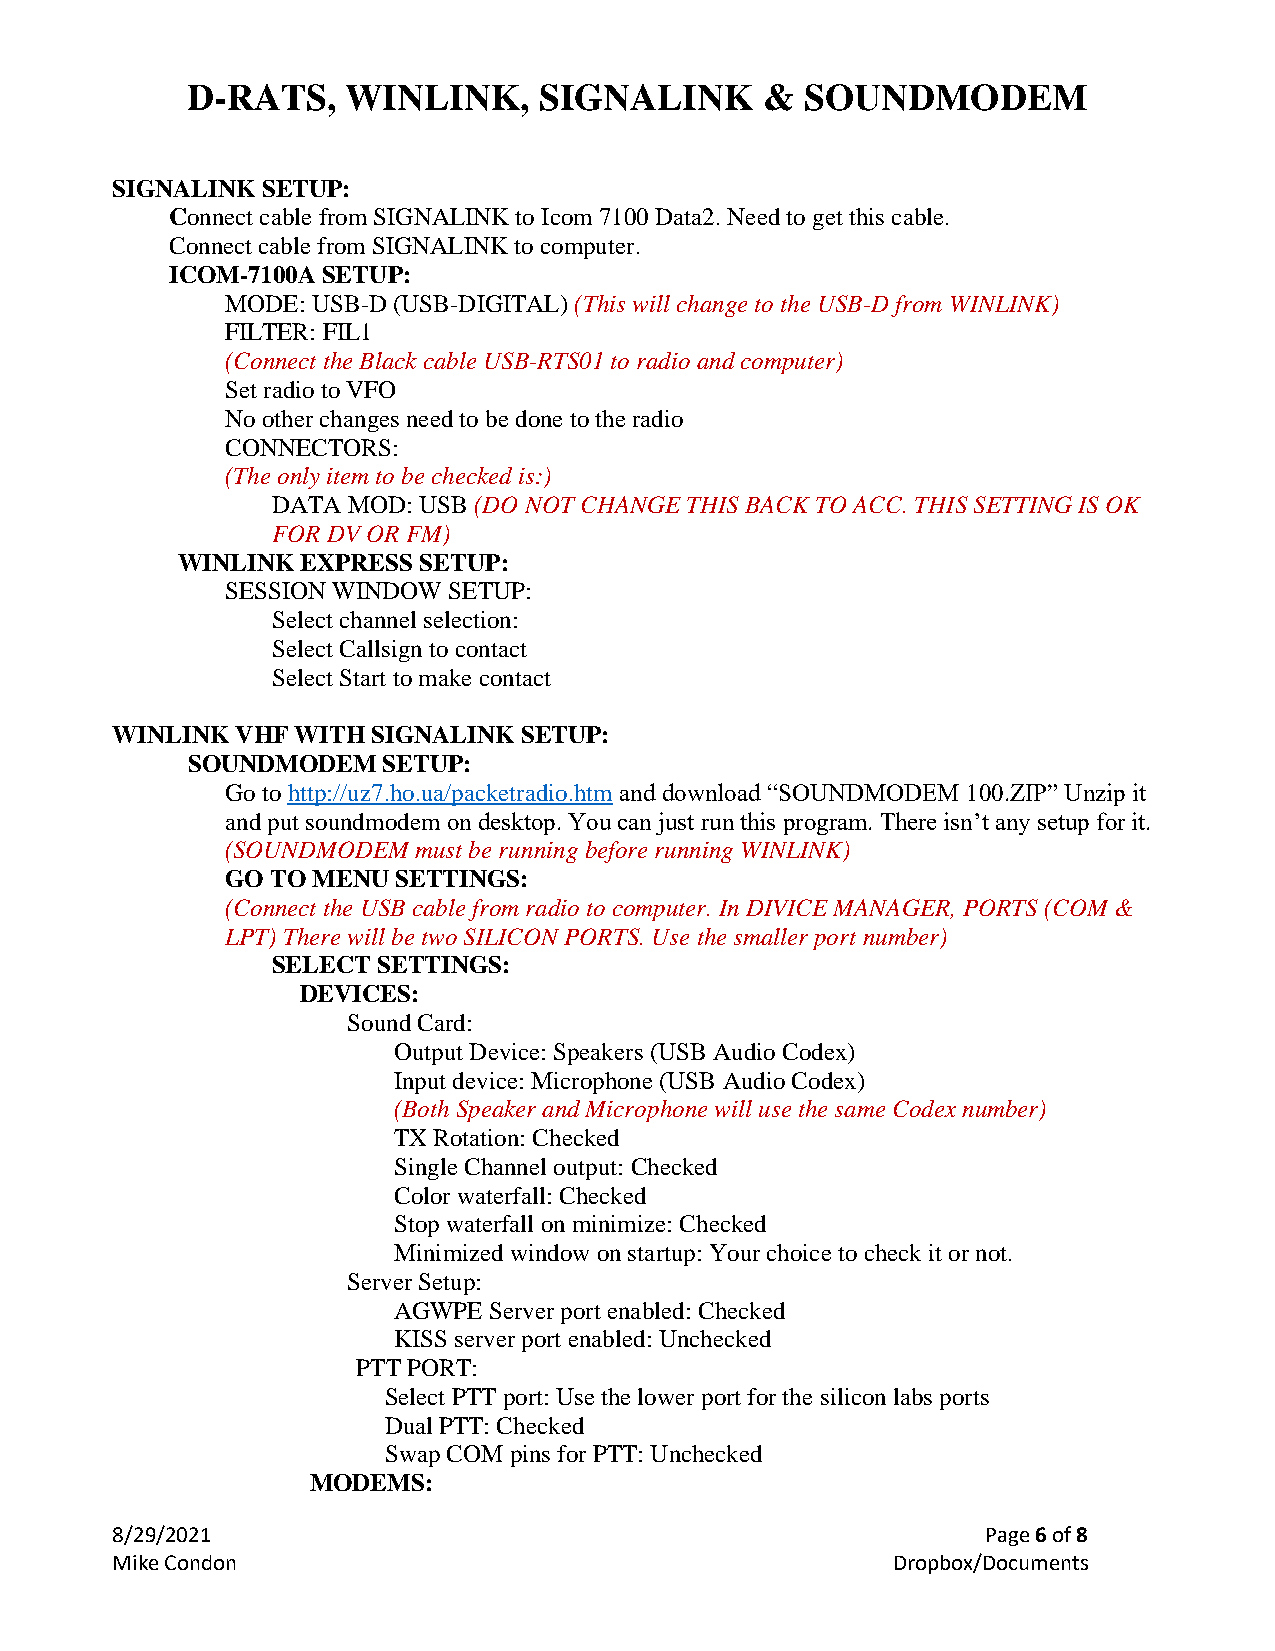
D-RATS,    WINLINK,     SIGNALINK      & SOUNDMODEM
 SIGNALINK SETUP:
 Connect cable from SIGNALINK to Icom 7100 Data2. Need to get this cable.
 Connect cable from SIGNALINK to computer.
 ICOM-7100A SETUP:
 MODE: USB-D (USB-DIGITAL) (This will change to the USB-D from WINLINK)
 FILTER: FIL1
 (Connect the Black cable USB-RTS01 to radio and computer)
 Set radio to VFO
 No other changes need to be done to the radio
 CONNECTORS:
 (The only item to be checked is:)
 DATA MOD: USB (DO NOT CHANGE THIS BACK TO ACC. THIS SETTING IS OK
 FOR DV OR FM)
 WINLINK EXPRESS SETUP:
 SESSION WINDOW SETUP:
 Select channel selection:
 Select Callsign to contact
 Select Start to make contact
 WINLINK  VHF WITH SIGNALINK SETUP:
 SOUNDMODEM   SETUP:
 Go to http://uz7.ho.ua/packetradio.htm and download “SOUNDMODEM 100.ZIP” Unzip it
 and put soundmodem on desktop. You can just run this program. There isn’t any setup for it.
 (SOUNDMODEM  must be running before running WINLINK)
 GO TO MENU SETTINGS:
 (Connect the USB cable from radio to computer. In DIVICE MANAGER, PORTS (COM &
 LPT) There will be two SILICON PORTS. Use the smaller port number)
 SELECT SETTINGS:
 DEVICES:
 Sound Card:
 Output Device: Speakers (USB Audio Codex)
 Input device: Microphone (USB Audio Codex)
 (Both Speaker and Microphone will use the same Codex number)
 TX Rotation: Checked
 Single Channel output: Checked
 Color waterfall: Checked
 Stop waterfall on minimize: Checked
 Minimized window on startup: Your choice to check it or not.
 Server Setup:
 AGWPE Server port enabled: Checked
 KISS server port enabled: Unchecked
 PTT PORT:
 Select PTT port: Use the lower port for the silicon labs ports
 Dual PTT: Checked
 Swap COM pins for PTT: Unchecked
 MODEMS:
 8/29/2021                                                 Page 6 of 8
 Mike Condon                                         Dropbox/Documents